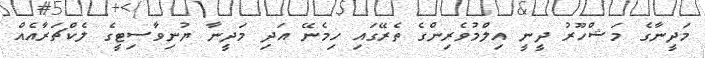
މަދީނާގެ މަޝްހޫރު ދީނީ އިލްމުވެރިންގެ ތެރޭގައި ހިމެނޭ އަދި މަދީނާ ޔުނިވާސިޓީގެ ލެކްޗަރާއެއް